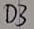
Text: D3